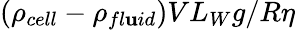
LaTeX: (\rho_{cell}-\rho_{fl\mathbf{u}id})VL_{W}g/R\eta